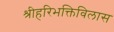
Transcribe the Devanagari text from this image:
श्रीहरिभक्तिविलास